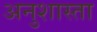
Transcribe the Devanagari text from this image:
अनुशास्ता